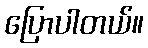
ပြောပါတယ်။